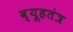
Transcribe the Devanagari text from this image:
व्यूहतंत्र